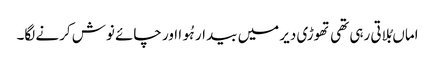
اماں بُلاتی رہی تھی تھوڑی دیر میں بیدار ہُوا اور چائے نوش کرنے لگا۔